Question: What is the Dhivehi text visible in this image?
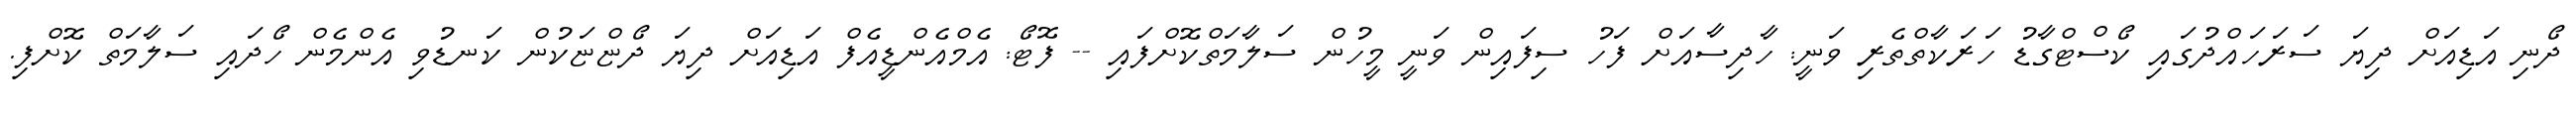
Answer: ދޯނި އަޑިއަށް ދިޔަ ސަރަހައްދުގައި ކޯސްޓްގާޑު ހަރަކާތްތެރި ވަނީ: ހާދިސާއަށް ފަހު ސިފައިން ވަނީ މީހުން ސަލާމަތްކޮށްފައި -- ފޮޓޯ: އެމްއެންޑީއެފް އަޑިއަށް ދިޔަ ދޯޏްޏަކުން ކަނޑުވި އެންމެން ހޯދައި ސަލާމަތް ކޮށްފި.